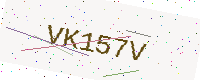
Text: VK157V